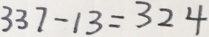
3 3 7 - 1 3 = 3 2 4